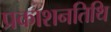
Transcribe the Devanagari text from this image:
प्रकाशनतिथि